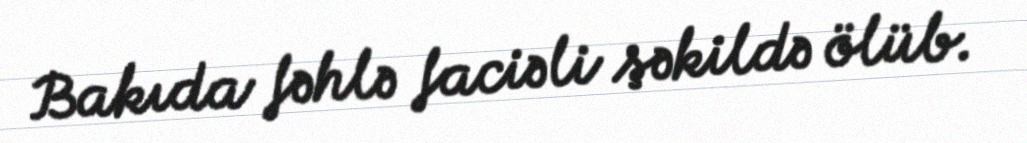
Bakıda fəhlə faciəli şəkildə ölüb.